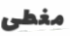
مغطى